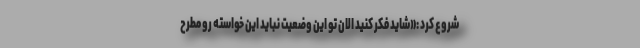
شروع کرد :«شاید فکر کنید الان تو این وضعیت نباید این خواسته رو مطرح